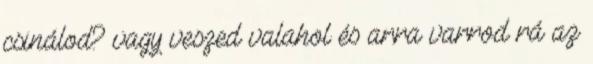
csinálod? vagy veszed valahol és arra varrod rá az